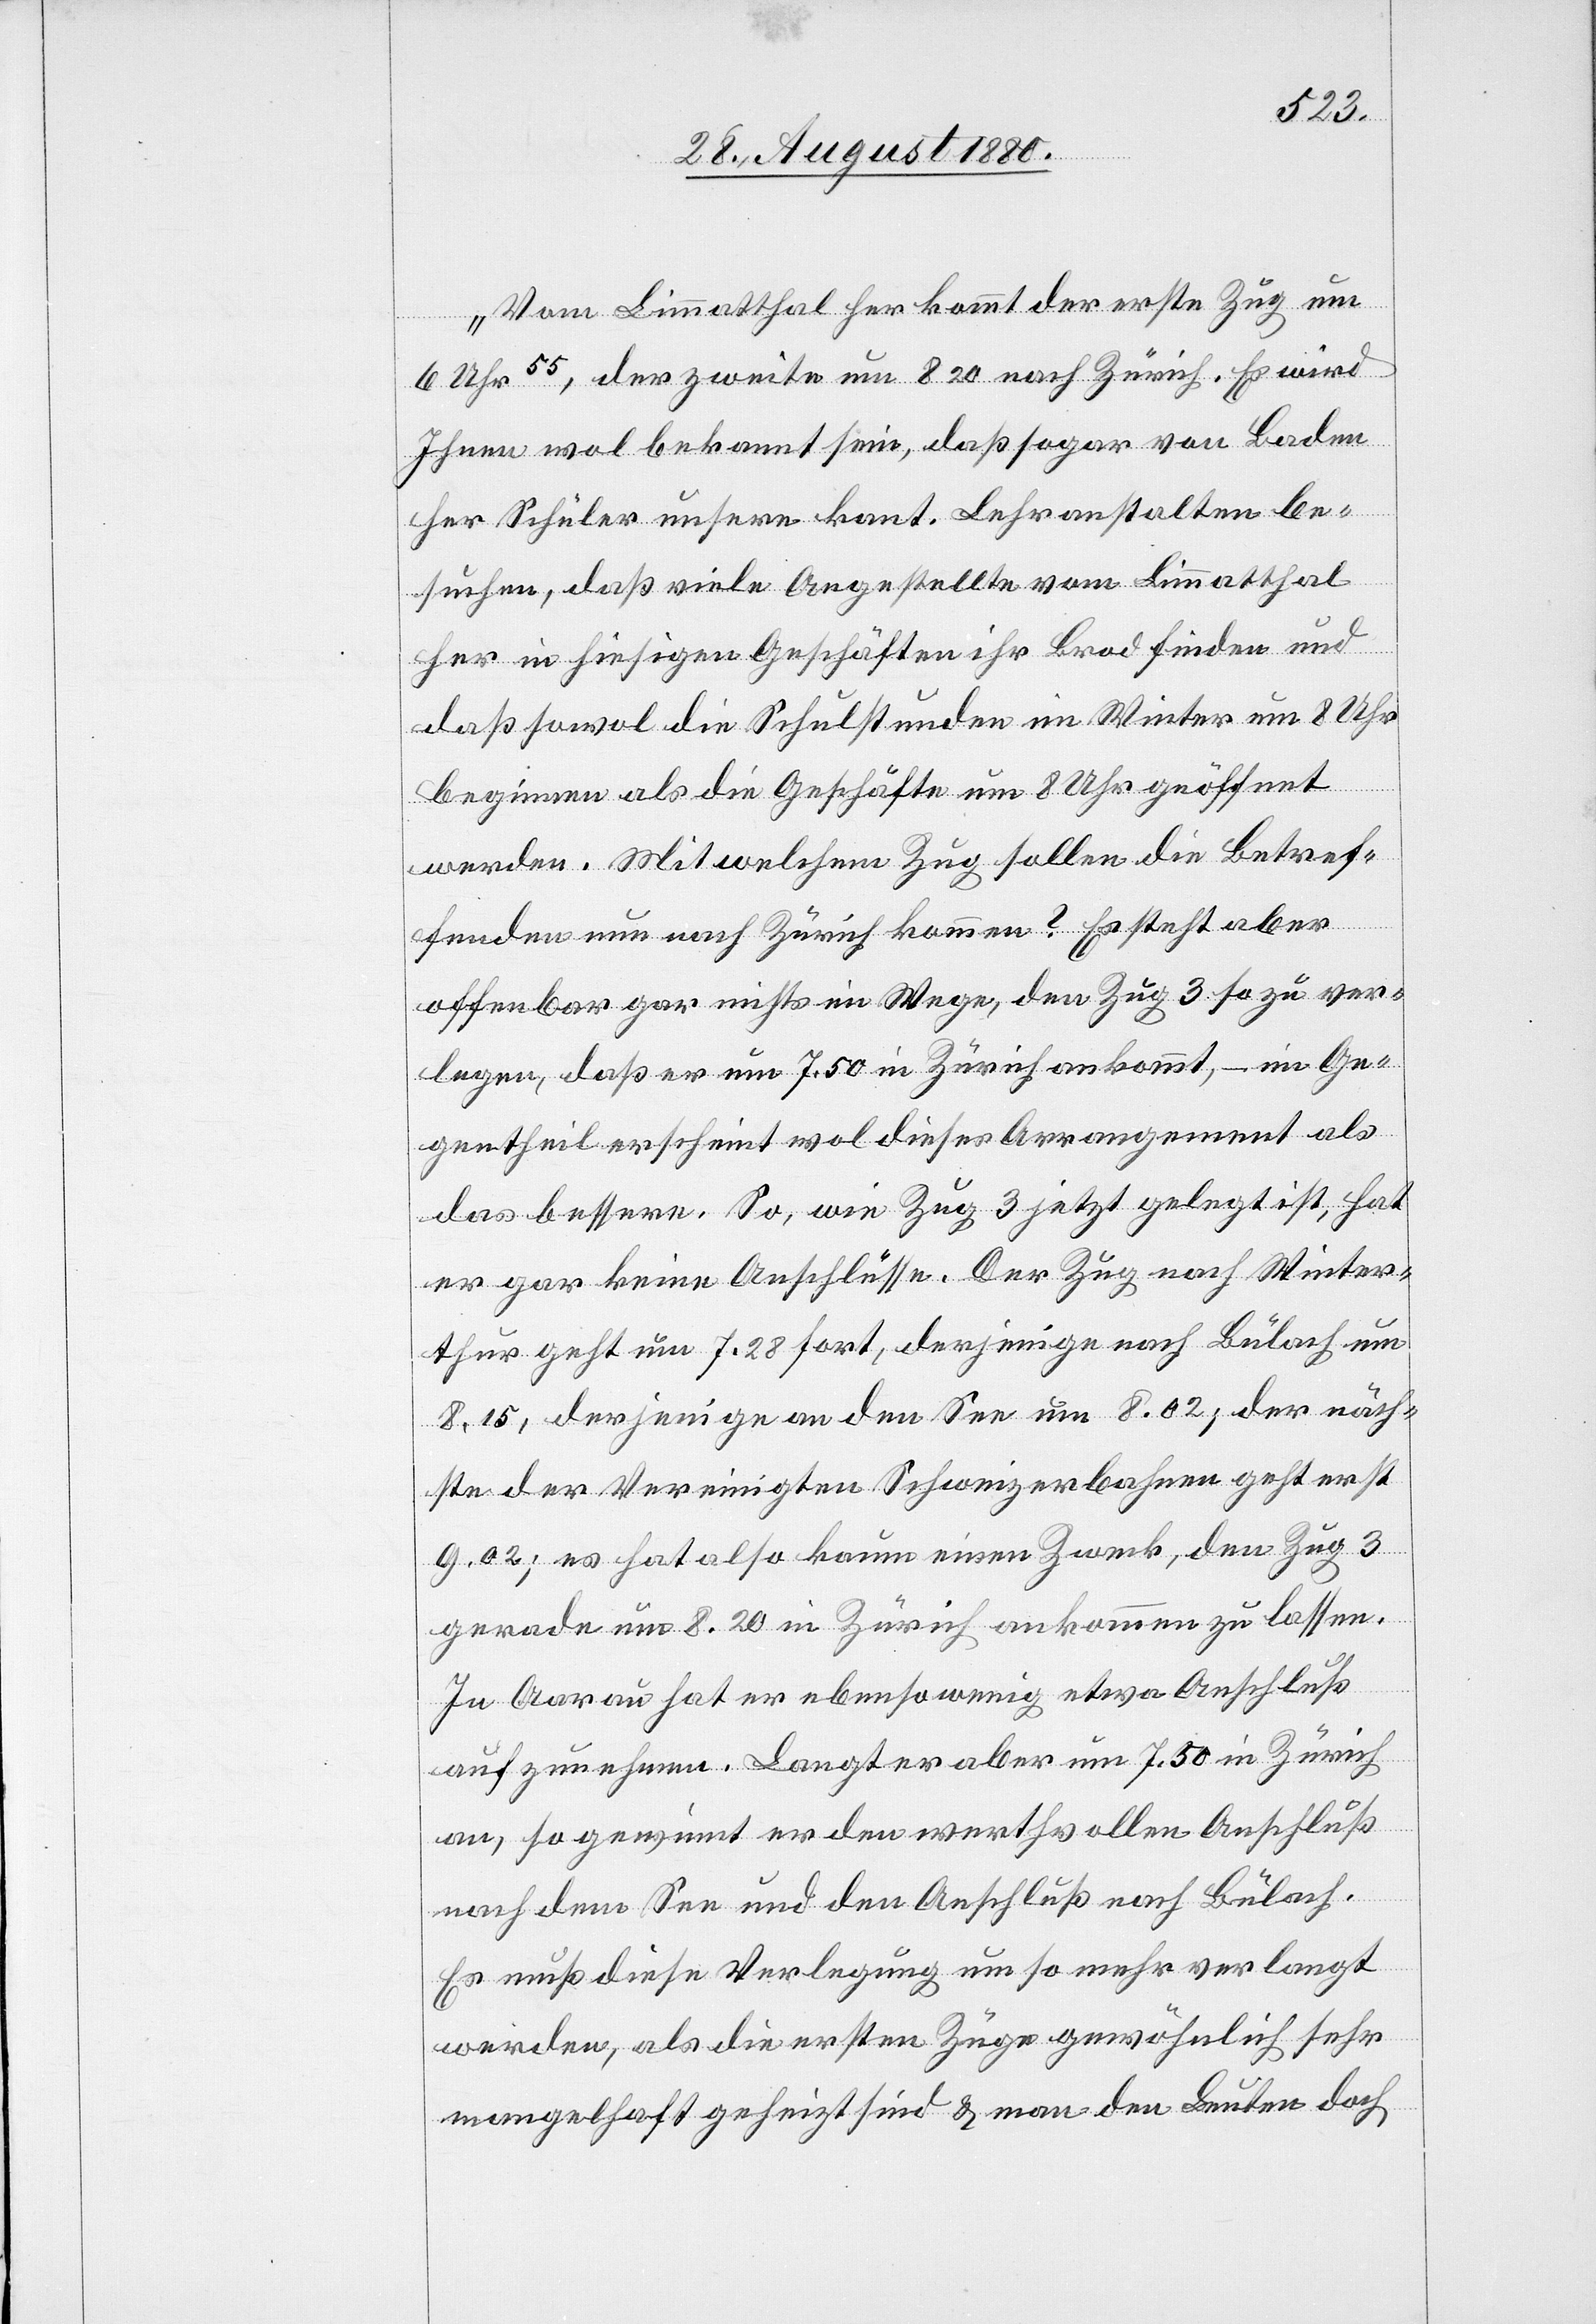
Vom Limmatthal her kommt der erste Zug um
6 Uhr 55, der zweite um 8 20 nach Zürich. Es wird
Ihnen wol bekannt sein, daß sogar von Baden
her Schüler unsere kant. Lehranstalten be¬
suchen, daß viele Angestellte vom Limmatthal
her in hiesigen Geschäften ihr Brod finden und
daß sowol die Schulstunden im Winter um 8 Uhr
beginnen als die Geschäfte um 8 Uhr geöffnet
werden. Mit welchem Zug sollen die Betref¬
fenden nun nach Zürich kommen? Es steht aber
offenbar gar nichts im Wege, den Zug 3 so zu ver¬
legen, daß er um 7.50 in Zürich ankommt, – im Ge¬
gentheil erscheint wol dieses Arrangement als
das bessere. So, wie Zug 3 jetzt gelegt ist, hat
er gar keine Anschlüsse. Der Zug nach Winter¬
thur geht um 7.28 fort, derjenige nach Bülach um
8.15, derjenige an den See um 8.02; der näch¬
ste der Vereinigten Schweizerbahnen geht erst
9.02; es hat also kaum einen Zweck, den Zug 3
gerade um 8.20 in Zürich ankommen zu lassen.
In Aarau hat er ebenso wenig etwa Anschluß
auf zunehmen. Langt er aber um 7.50 in Zürich
an, so gewinnt er den werthvollen Anschluß
nach dem See und den Anschluß Bülach.
Es muß diese Verlegung um so mehr verlangt
werden, als die ersten Züge gewöhnlich sehr
mangelhaft geheizt sind & man den Leuten doch